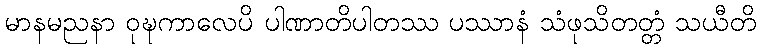
မာနမညနာ ဝုဍ္ဎကာလေပိ ပါဏာတိပါတဿ ပဿာနံ သံဖုသိတတ္တံ သယီတိ